Vaccination in Bombay 1869-1873 - 1869-1873
Year: 1869
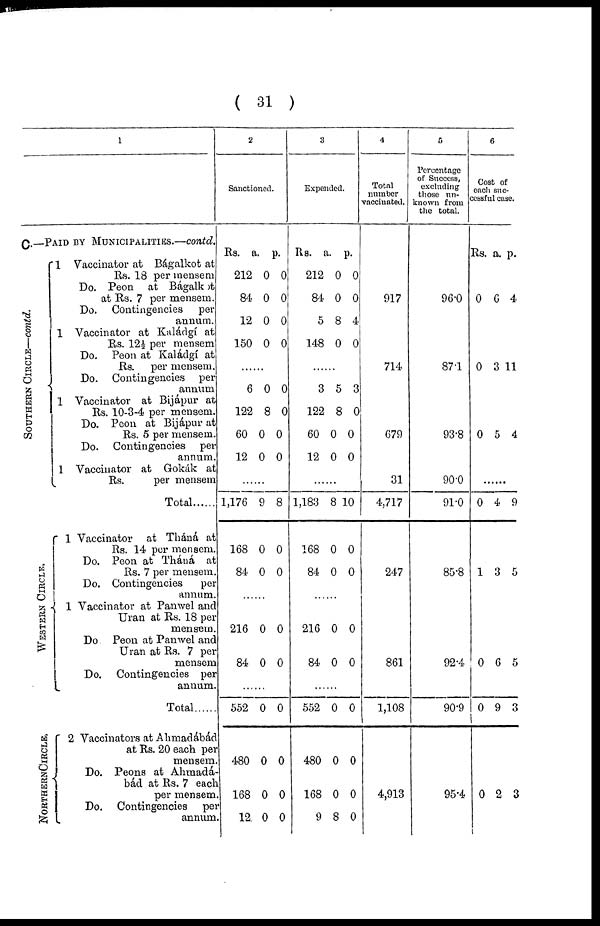
( 31 )
1
C.—PAID BY MUNICIPALITIES.—contd.
SOUTHERN CIRCLE—contd.
WESTERN CIRCLE.
NORTHERN CIRCLE.
1 Vaccinator at Bágalkot at
Rs. 18 per mensem
Do. Peon at Bágalkot
at Rs. 7 per mensem.
Do. Contingencies per
annum.
1 Vaccinator at Kaládgí at
Rs. 12½ per mensem
Do. Peon at Kaládgí at
Rs.
per mensem.
Do. Contingencies per
annum
1 Vaccinator at Bijápur at
Rs. 10-3-4 per mensem.
Do. Peon at Bijápur at
Rs. 5 per mensem.
Do. Contingencies per
annum.
1 Vaccinator at Gokák at
Rs.
per mensem
Total ......
1 Vaccinator at Tháná at
Rs. 14 per mensem.
Do. Peon at Tháná at
Rs. 7 per mensem.
Do. Contingencies
per
annum.
1 Vaccinator at Panwel and
Uran at Rs. 18 per
mensem.
Do Peon at Panwel and
Uran at Rs. 7 per
mensem
Do.
Contingencies per
annum.
Total ......
2 Vaccinators at Ahmadábád
at Rs. 20 each per
mensem.
Do. Peons at Ahmadá-
bád at Rs. 7 each
per mensem.
Do. Contingencies per
annum.
2
Sanctioned.
Rs.
212
84
12
150
a.
0
0
0
0
p.
0
0
0
0
......
6
122
60
12
0
8
0
0
0
0
0
0
......
1,176
168
84
9
0
0
8
0
0
......
216
84
0
0
0
0
......
552
480
168
12
0
0
0
0
0
0
0
0
3
Expended.
Rs.
212
84
5
148
a .
0
0
8
0
p.
0
0
4
0
......
3
122
60
12
5
8
0
0
3
0
0
0
......
1,183
168
84.
8
0
0
10
0
0
......
216
84
0
0
0
0
......
552
480
168
9
0
0
0
8
0
0
0
0
4
Total
number
vaccinated.
917
714
679
31
4,717
247
861
1,108
4,913
5
Percentage
of Success,
excluding
those un-
known from
the total.
96.0
87.1
93.8
90.0
91.0
85.8
92.4
90.9
95.4
6
Cost of
each suc-
cessful case.
Rs. a. p.
0 6 4
0 3 11
0 5 4
......
0 4 9
1 3 5
0 6 5
0 9 3
0 2 3